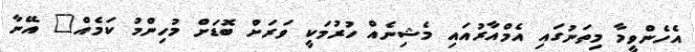
އެހެންވީމާ މިތަނުގައި އެމްއާރުއައި މެޝިނެއް ހުރުމަކީ ވަރަށް ބޮޑަށް މުހިންމު ކަމެއް" އޭނާ